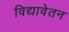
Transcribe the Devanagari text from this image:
विद्यावेतन